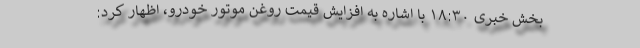
بخش خبری ۱۸:۳۰ با اشاره به افزايش قيمت روغن موتور خودرو، اظهار کرد: